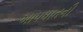
આપઘાતની